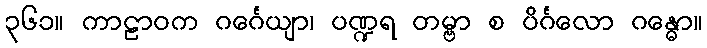
၃၆၁။ ကာဠာဝက ဂင်္ဂေယျာ၊ ပဏ္ဍရ တမ္ဗာ စ ပိင်္ဂလော ဂန္ဓော။